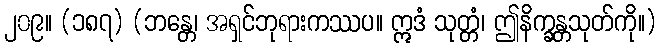
၂၀၉။ (၁၈၇) (ဘန္တေ၊ အရှင်ဘုရားကဿပ။ ဣဒံ သုတ္တံ၊ ဤနိက္ခန္တသုတ်ကို။)